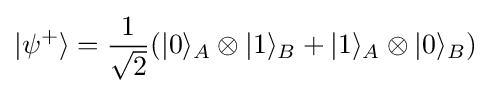
|\psi ^{+}\rangle ={\frac {1}{\sqrt {2}}}(|0\rangle _{A}\otimes |1\rangle _{B}+|1\rangle _{A}\otimes |0\rangle _{B})